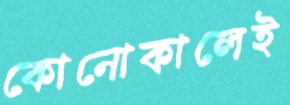
কোনোকালেই